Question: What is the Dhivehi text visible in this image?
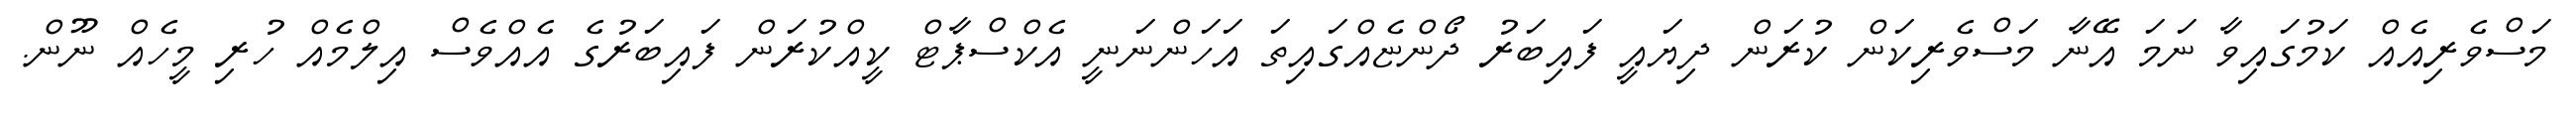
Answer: މަސްވެރިއެއް ކަމުގައިވާ ނަމަ އޭނާ މަސްވެރިކަން ކުރަން ދިޔައީ ފައިބަރު ދޯންޏެއްގައިތަ އަހަންނަނީ އެކްސްޕާޓް ކީއްކުރަން ފައިބަރުގެ އެއްވެސް އިލްމެއް ހުރި މީހެއް ނޫން.